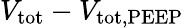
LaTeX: V_{\mathrm{tot}}-V_{\mathrm{tot,PEEP}}